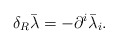
\begin{align*}\delta _R\bar \lambda =-\partial ^i\bar \lambda _i.\end{align*}